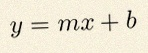
y=mx+b